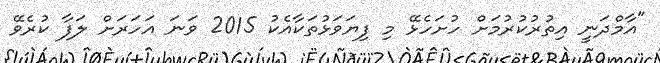
"އާމްދަނީ އިތުރުކުރުމަށް ހުށަހެޅޭ މި ފިޔަވަޅުތަކާއެކު 2015 ވަނަ އަހަރަށް ލަފާ ކުރެވޭ